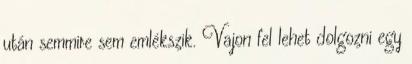
után semmire sem emlékszik. Vajon fel lehet dolgozni egy